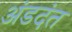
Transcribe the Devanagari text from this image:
अंडदंत